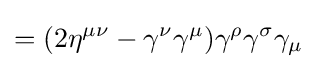
=(2\eta ^{\mu \nu }-\gamma ^{\nu }\gamma ^{\mu })\gamma ^{\rho }\gamma ^{\sigma }\gamma _{\mu }